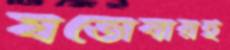
যতোবারই